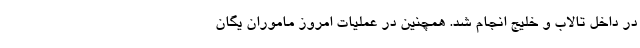
در داخل تالاب و خلیج انجام شد. همچنین در عملیات امروز ماموران یگان